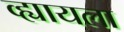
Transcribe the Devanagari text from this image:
व्ह्यायला